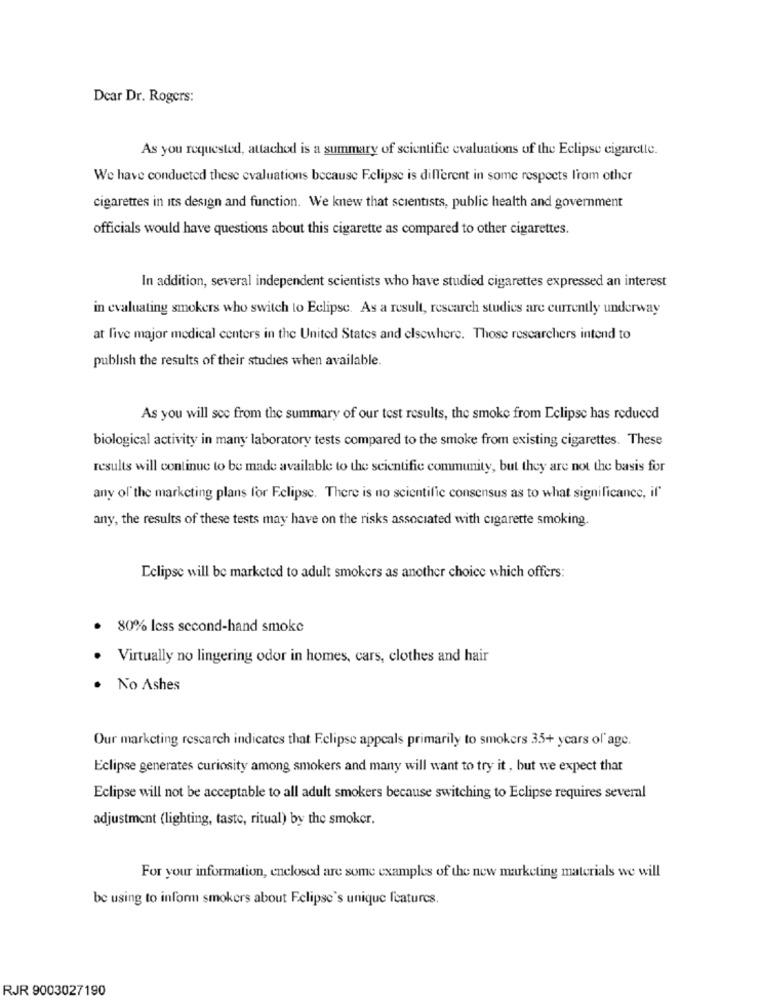
Dear Dr. Rogers:
As you requested, attached is a summary of scientific evaluations of the Eclipse cigarette.
We have conducted these evaluations because Eclipse is different in some respects lirom other
cigarettes in its design and function. We knew that scientists, public health and government
officials would have questions about this cigarette as compared to other cigarettes.
In addition, several independent scientists who have studied cigarettes expressed an interest
in evaluating smokers who switch to Eclipse. As a result, rescarch studies are currently underway
at live major medical centers in the United States and elsewhere. Those researchers intend to
publish the results of their studies when available.
As you will see from the summary of our test results, the smoke from Eclipse has reduced
biological activity in many laboratory tests compared to the smoke from existing cigarettes. These
results will continue to be made available to the scientific community, but they are not the basis for
any of the marketing plans for Eclipse. There is no scientific consensus as to what significance, if'
any, the results of these tests may have on the risks associated with cigarette smoking.
Eclipse will be marketed to adult smokers as another choice which offers:
80% Icss second-hand smoke
Virtually no lingering odor in homes, cars, clothes and hair
No Ashes
Our marketing rescarch indicates that Eclipse appeals primarily to smokers 35+ years of age.
Eclipse generates curiosity among smokers and many will want to try it , but we expect that
Eclipse will not be acceptable to all adult smokers because switching to Eclipse requires several
adjustment (lighting, taste, ritual) by the smoker.
For your information, enclosed are some examples of the new marketing materials we will
be using to inform smokers about Eclipse's unique features.
RJR 9003027190